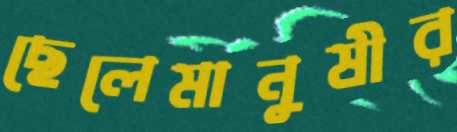
ছেলেমানুষীর